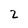
Character: 2